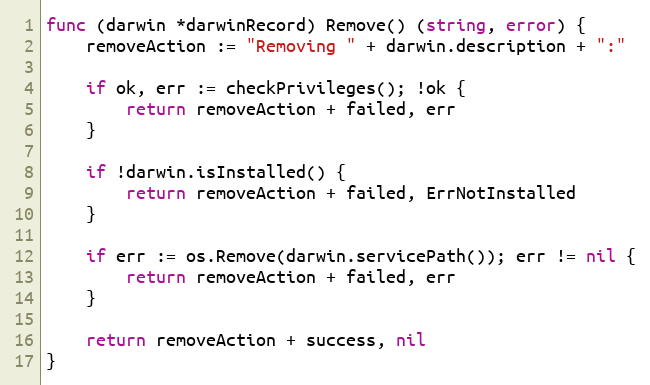
Language: Go
func (darwin *darwinRecord) Remove() (string, error) {
	removeAction := "Removing " + darwin.description + ":"

	if ok, err := checkPrivileges(); !ok {
		return removeAction + failed, err
	}

	if !darwin.isInstalled() {
		return removeAction + failed, ErrNotInstalled
	}

	if err := os.Remove(darwin.servicePath()); err != nil {
		return removeAction + failed, err
	}

	return removeAction + success, nil
}